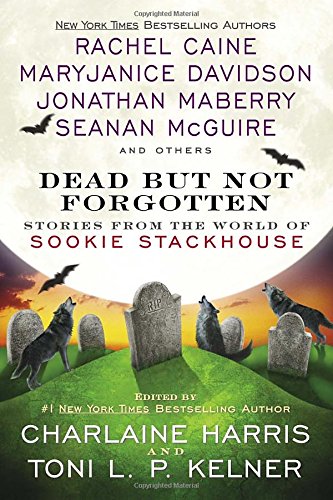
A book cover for Dead But Not Forgotten: Stories from the World of Sookie Stackhouse; Charlaine Harris; Science Fiction & Fantasy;